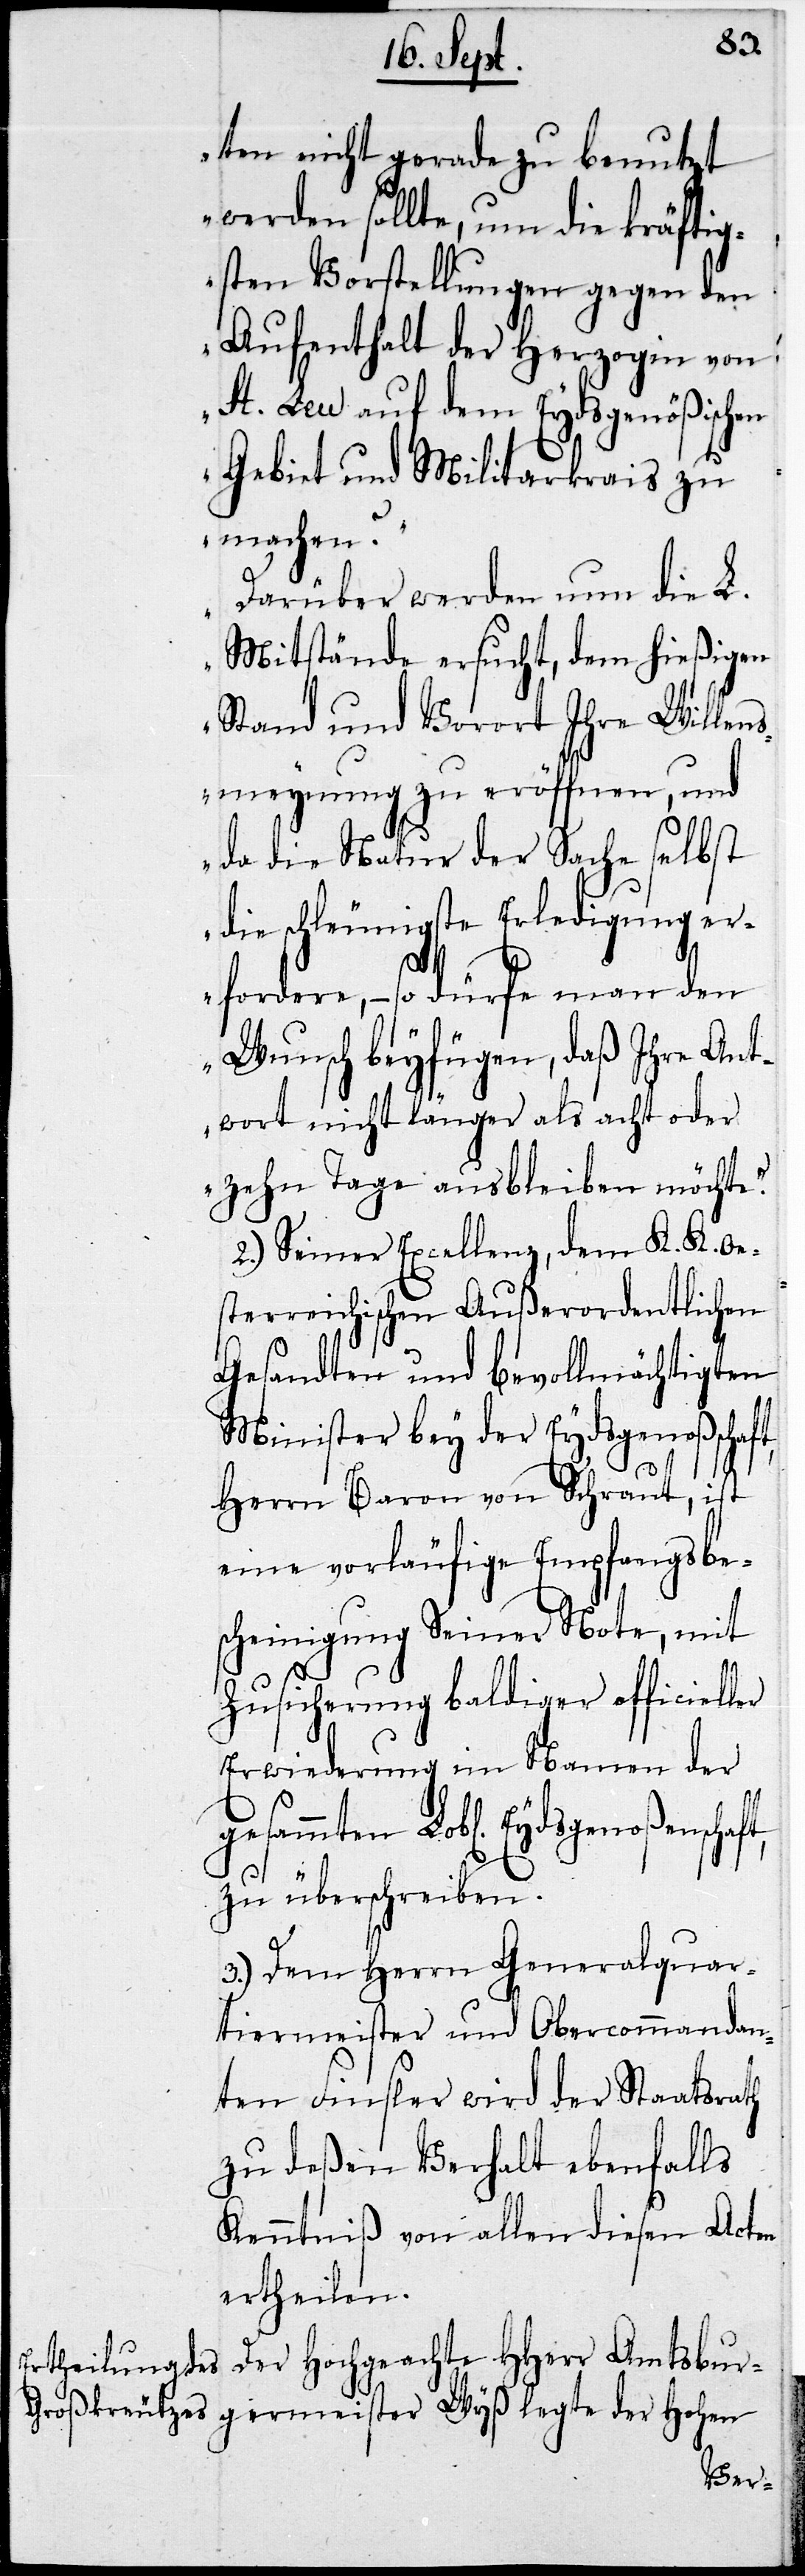
aft
ten nicht gerade zu benutzt
werden sollte, um die kräftig¬
sten Vorstellungen gegen den
Aufenthalt der Herzogin von
St. Leu auf dem Eydsgenößischen
Gebiet und Militarkrais zu
machen.
Darüber werden nun die L.
Mitstände ersucht, dem hießigen
Stand und Vorort Ihre Willens¬
meynung zu eröffnen, und
da die Natur der Sache selbst
die schleunigste Erledigung er¬
fordere, – so dürfe man den
Wunsch beyfügen, daß Ihre Ant¬
zehn Tage ausbleiben möchte.“
2.) Seiner Excellenz, dem K. K. Oe¬
sterreichischen Außerordentlichen
Gesandten und Bevollmächtigten
Minister bey der Eydsgenoßensc¬
Herrn Baron von Schraut, ist
eine vorläufige Empfangsbes¬
cheinigung Seiner Note, mit
Zusicherung baldiger officiel¬
Erwiederung im Namen der
sammten Lobl. Eydsgenoßensch¬
zu überschreiben.
3.) Dem Herrn Generalquar¬
tiermeister und Obercommandan¬
ten Finsler wird der Staatsrath
zu deßen Verhalt ebenfalls
Kenntniß von allen diesen Acten
ertheilen.
Der Hochgeachte HHerr Amtsbur¬
germeister Wyß legte der Hohen